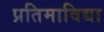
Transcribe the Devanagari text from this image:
प्रतिमाविद्या